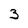
Character: 3